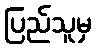
ပြည်သူမှ